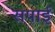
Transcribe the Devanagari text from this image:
सपाई